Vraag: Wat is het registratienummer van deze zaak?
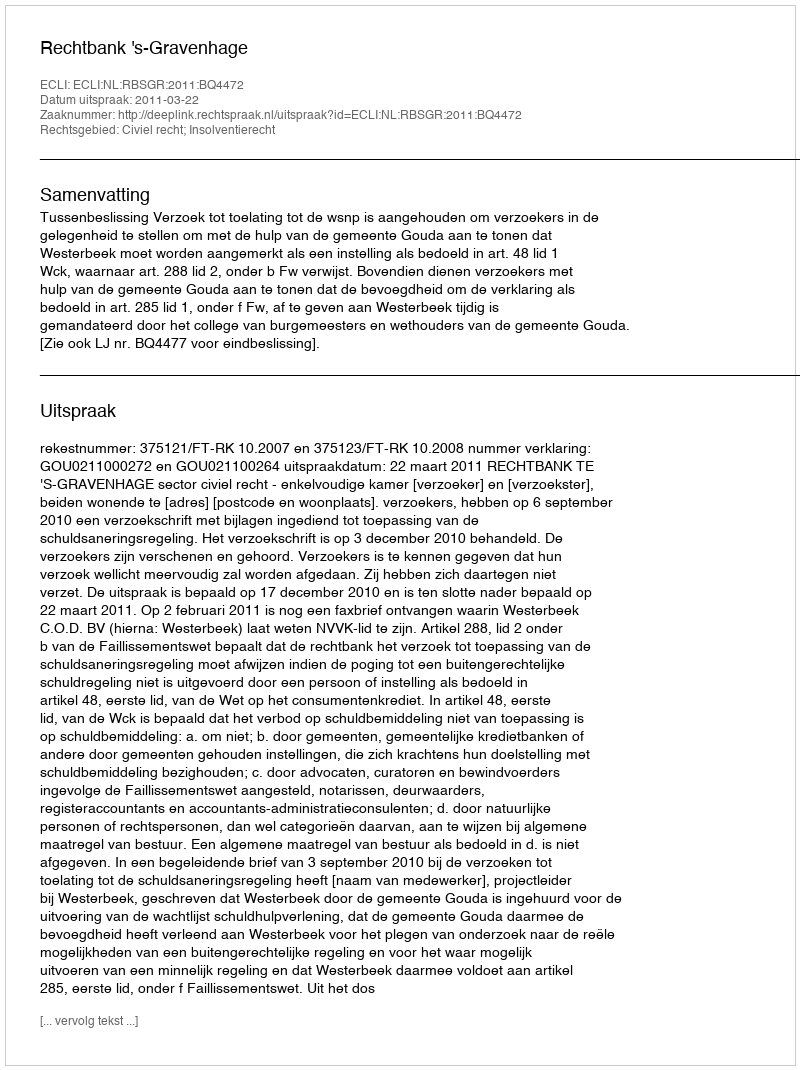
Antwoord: http://deeplink.rechtspraak.nl/uitspraak?id=ECLI:NL:RBSGR:2011:BQ4472